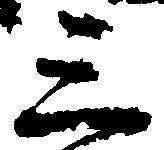
三